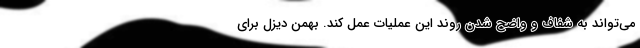
می‌تواند به شفاف و واضح شدن روند این عملیات عمل کند. بهمن دیزل برای